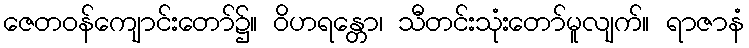
ဇေတဝန်ကျောင်းတော်၌။ ဝိဟရန္တော၊ သီတင်းသုံးတော်မူလျက်။ ရာဇာနံ